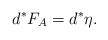
LaTeX: \begin{align*}d^{\ast}F_{A}=d^{\ast}\eta.\end{align*}